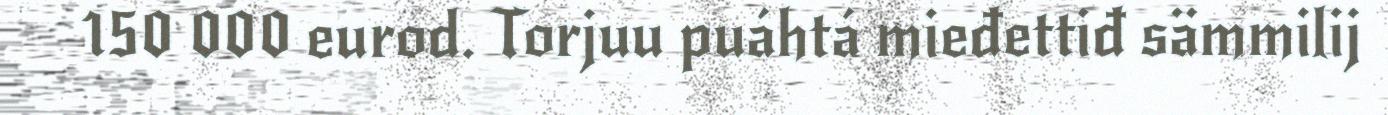
150 000 eurod. Torjuu puáhtá mieđettiđ sämmilij